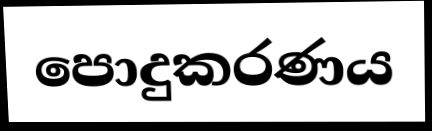
පොදුකරණය